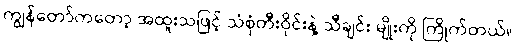
ကျွန်တော်ကတော့ အထူးသဖြင့် သံစုံတီးဝိုင်းနဲ့ သီချင်း မျိုးကို ကြိုက်တယ်။